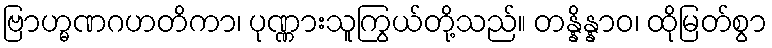
ဗြာဟ္မဏဂဟတိကာ၊ ပုဏ္ဏားသူကြွယ်တို့သည်။ တန္နိန္နာဝ၊ ထိုမြတ်စွာ